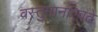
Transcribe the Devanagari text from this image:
वस्तुमानाएवढे